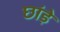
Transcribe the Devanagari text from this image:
छांड़े